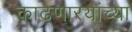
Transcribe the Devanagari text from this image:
काढणारयांच्या